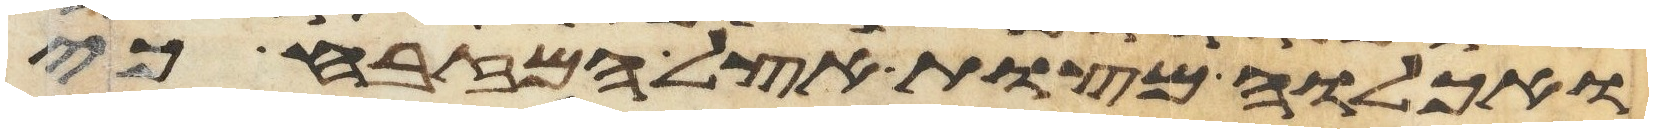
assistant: ואכלוה מצות אצל המזבח כי